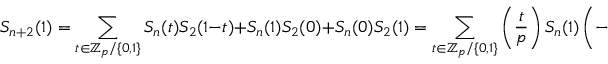
S _ { n + 2 } ( 1 ) = \sum _ { t \in \mathbb { Z } _ { p } / \{ 0 , 1 \} } S _ { n } ( t ) S _ { 2 } ( 1 - t ) + S _ { n } ( 1 ) S _ { 2 } ( 0 ) + S _ { n } ( 0 ) S _ { 2 } ( 1 ) = \sum _ { t \in \mathbb { Z } _ { p } / \{ 0 , 1 \} } \left( { \frac { t } { p } } \right) S _ { n } ( 1 ) \left( - \left( { \frac { - 1 } { p } } \right) \right) + S _ { n } ( 1 ) \left( { \frac { - 1 } { p } } \right) ( p - 1 ) = S _ { n } ( 1 ) \left( { \frac { - 1 } { p } } \right) p .